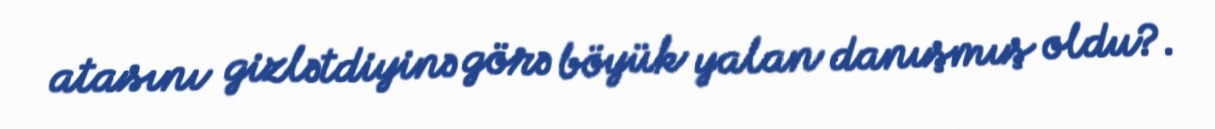
atasını gizlətdiyinə görə böyük yalan danışmış oldu?.